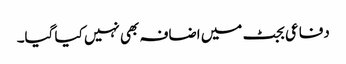
دفاعی بجٹ میں اضافہ بھی نہیں کیا گیا۔